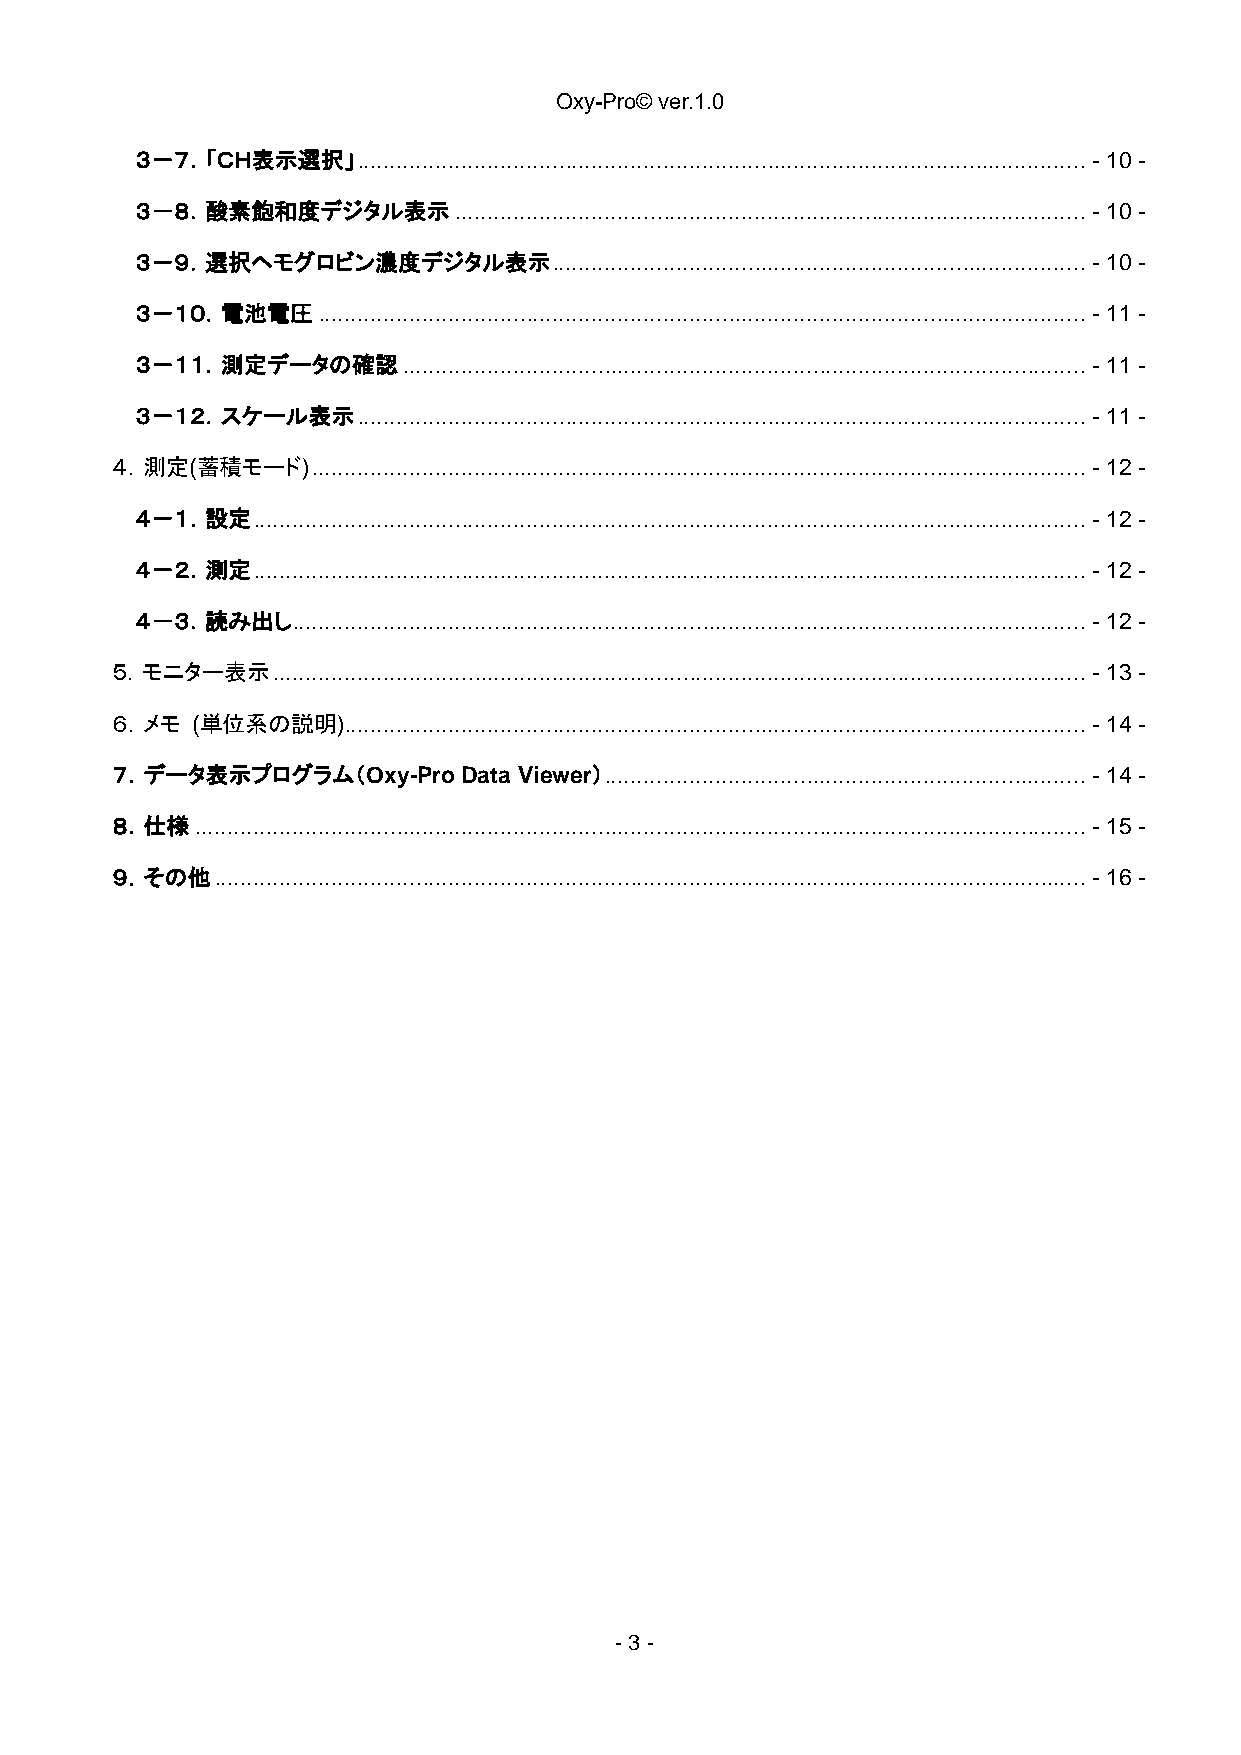
Oxy-Pro© ver.1.0
 ３－７．「ＣＨ表示選択」   ................................................................................................................ - 10 -
 ３－８．酸素飽和度デジタル表示      ................................................................................................. - 10 -
 ３－９．選択ヘモグロビン濃度デジタル表示        .................................................................................. - 10 -
 ３－１０．電池電圧   ...................................................................................................................... - 11 -
 ３－１１．測定データの確認     ......................................................................................................... - 11 -
 ３－１２．スケール表示    ................................................................................................................ - 11 -
 ４．測定(蓄積モード)   ....................................................................................................................... - 12 -
 ４－１．設定  ................................................................................................................................ - 12 -
 ４－２．測定  ................................................................................................................................ - 12 -
 ４－３．読み出し  .......................................................................................................................... - 12 -
 ５．モニター表示   ............................................................................................................................. - 13 -
 ６．メモ  (単位系の説明).................................................................................................................. - 14 -
 ７．データ表示プログラム（Oxy-Pro    Data Viewer） .......................................................................... - 14 -
 ８．仕様  ......................................................................................................................................... - 15 -
 ９．その他  ...................................................................................................................................... - 16 -
 - 3 -